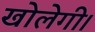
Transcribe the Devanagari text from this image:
खोलेगी।